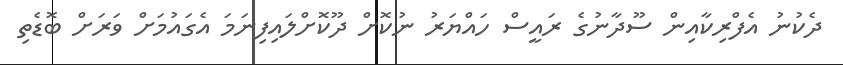
ދެކުނު އެފްރިކާއިން ސޫދާނުގެ ރައީސް ހައްޔަރު ނުކޮށް ދޫކޮށްލައިފިނަމަ އެގައުމަށް ވަރަށް ބޮޑެތި